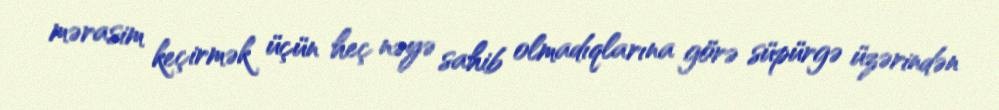
mərasim keçirmək üçün heç nəyə sahib olmadıqlarına görə süpürgə üzərindən